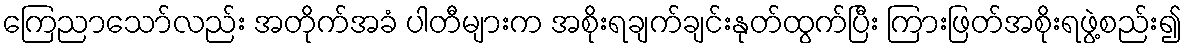
ကြေညာသော်လည်း အတိုက်အခံ ပါတီများက အစိုးရချက်ချင်းနုတ်ထွက်ပြီး ကြားဖြတ်အစိုးရဖွဲ့စည်း၍